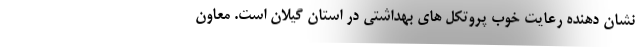
نشان دهنده رعایت خوب پروتکل های بهداشتی در استان گیلان است. معاون